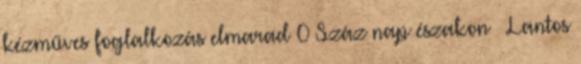
kézműves foglalkozás elmarad 0 Száz nap északon – Lantos